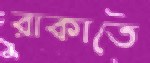
রাকাতে